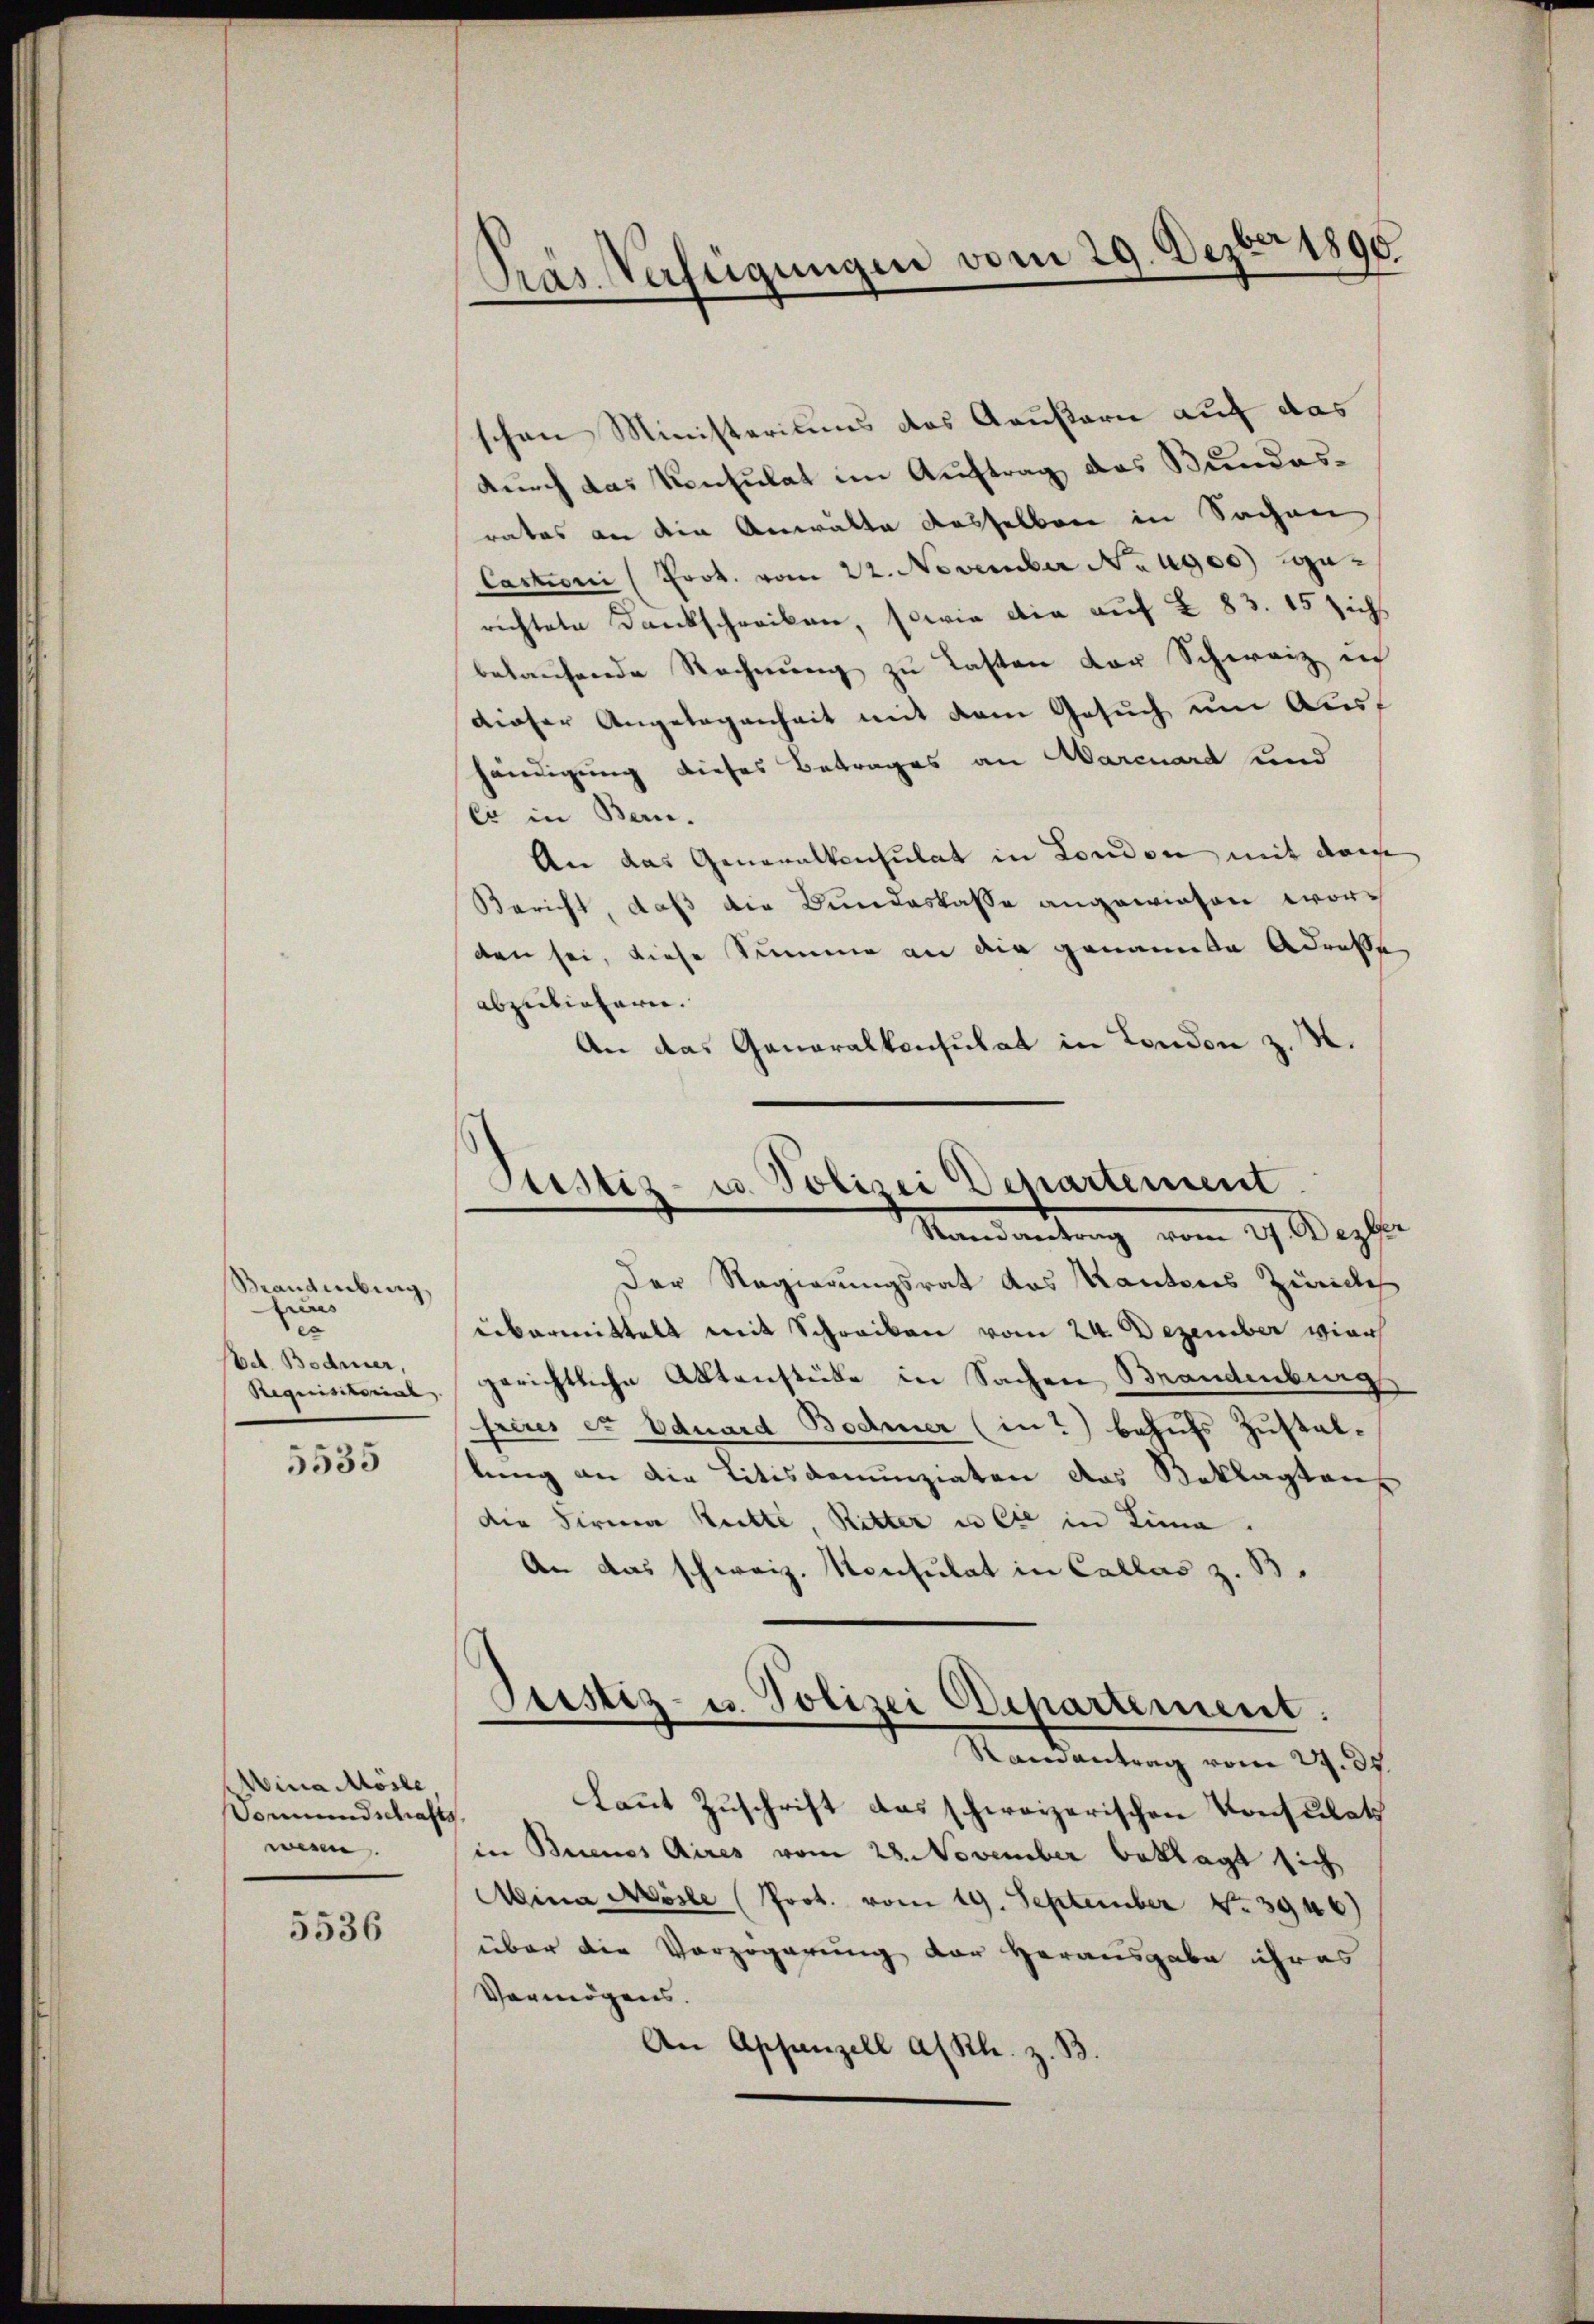
Mandenburg,
freres
e
Ed. Bodmer,

5535

Mina Mösle.
Vormundschafts
wesen.

5536

Pras Verfügungen vom 29. Dezbr 1890.

Justiz- u. Polizei Departement.
Randantrag vom 27. Dezbr

schen Ministeriums des Aeußern auf das
durch das Konsulat im Auftrag das Bundesrates an die Anwälte dasselben in Sachen
Castroni (Prot. vom 22. November No 1900) ge-
richtete Dankschreiben, sowie die auf § 83. 15 sich
belaufende Rechnung zu Lasten der Schweiz in
dieser Angelegenheit mit dem Gesuch um Aushändigung dieses Betrages an Marcuard und
ci in Bern.
An das Generalkonsulat in London mit dem
Bericht, daß die Bundeskasse angewiesen worden sei, diese Summe an die genannte Adresse
abzuliefern.
An das Generalkonsulat in London z. M.
Der Regierungsrat des Kantons Zürich
übermittelt mit Schrecken vom 24. Dezember vier
Requisitorial, gerichtliche Aktenstücke in Sachen Brandenburg
frius er Eduard Bodmer (in) behufs Zustallung an die Litisconunziaten das Beklagten
die Firma Ritte, Ritter u die in Lina.
An das schweiz. Konsulat in Callas z. B.
Prestiz- u. Polizei Departement.
Randantrag vom 27. ds.
Lannt Zuschrift das schweizerischen Konsulats
in Buenos Aires vom 28. November beklagt sich
Mina Mösle (Prot. vom 19. September No 3946)
über die Verzögerung der Herausgabe ihres
Vermögens.
An Apsanzell al Kl. z. B.